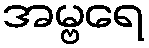
အမ္ဗရေ